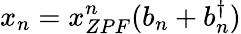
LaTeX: x_{n}=x_{ZPF}^{n}(b_{n}+b_{n}^{\dagger})